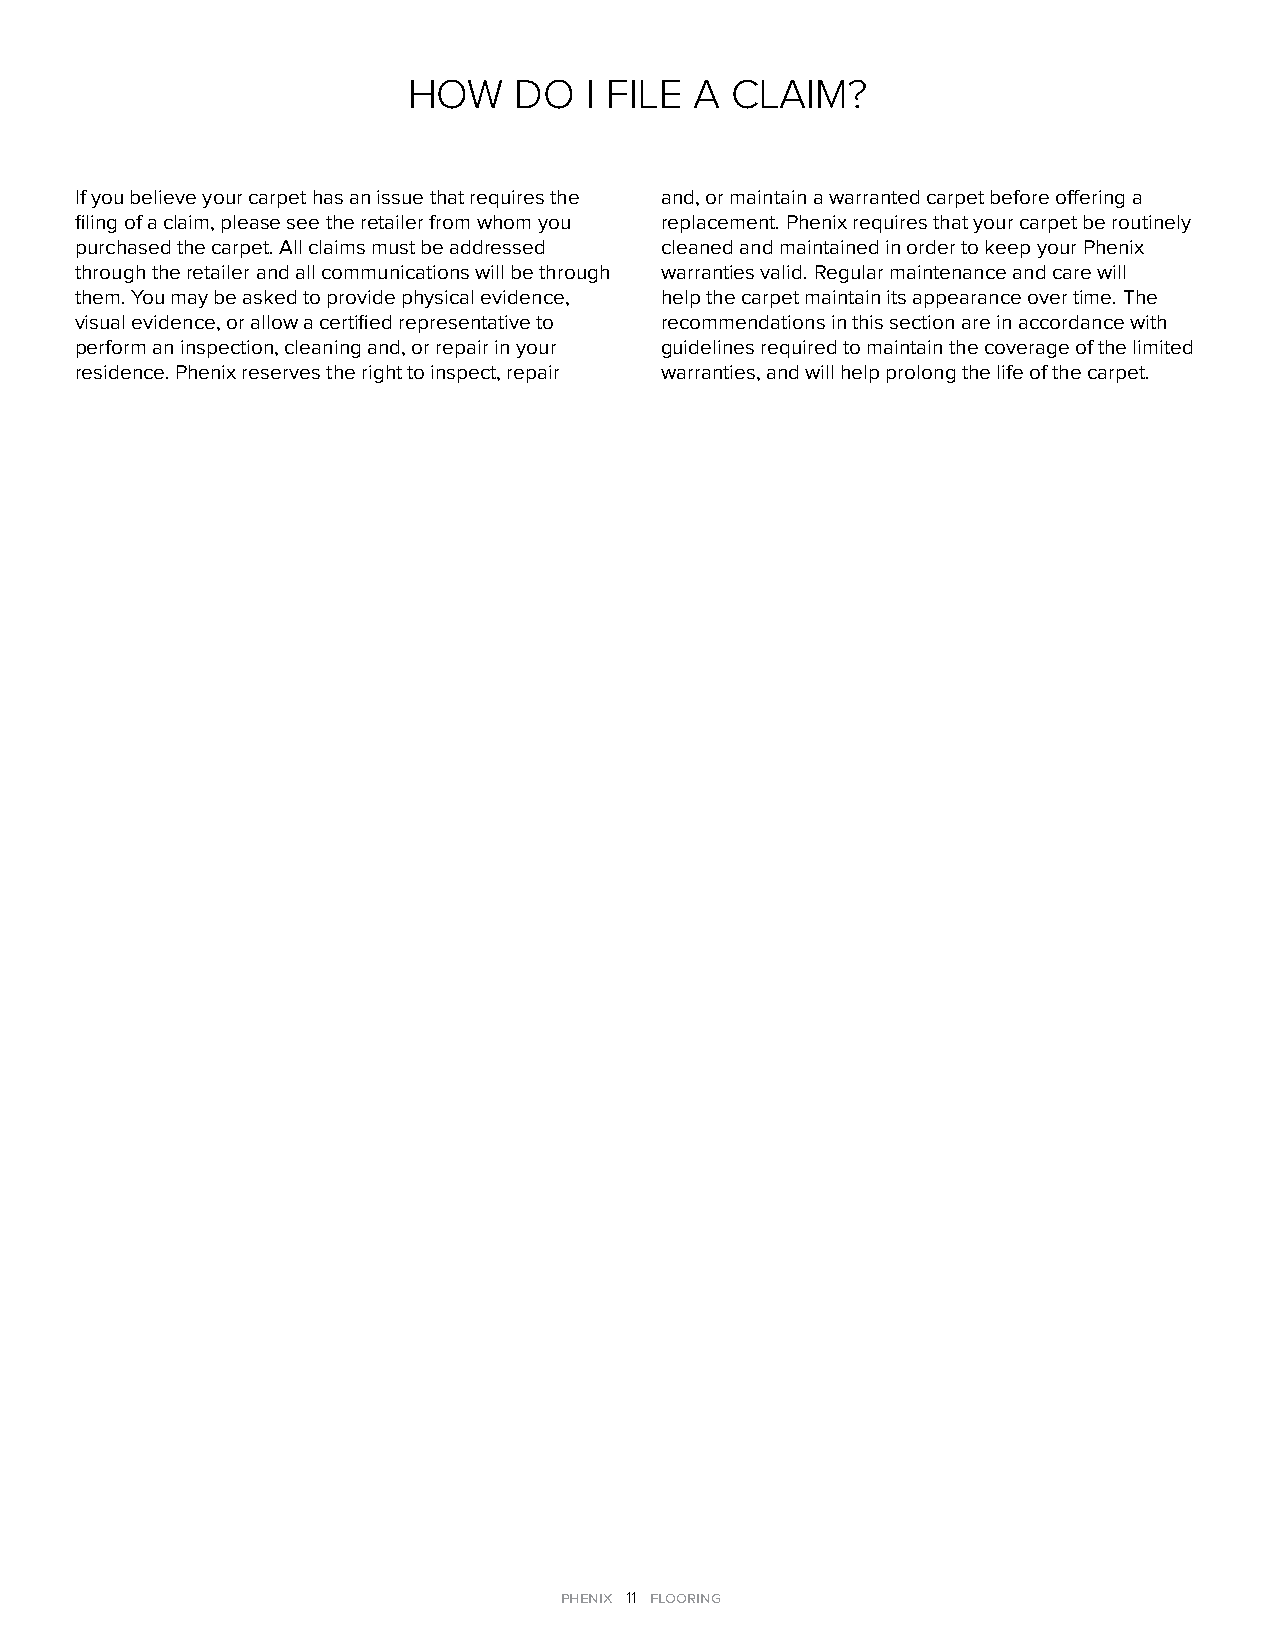
HOW    DO   I FILE A CLAIM?
 If you believe your carpet has an issue that requires the and, or maintain a warranted carpet before offering a
 filing of a claim, please see the retailer from whom you replacement. Phenix requires that your carpet be routinely
 purchased the carpet. All claims must be addressed cleaned and maintained in order to keep your Phenix
 through the retailer and all communications will be through warranties valid. Regular maintenance and care will
 them. You may be asked to provide physical evidence, help the carpet maintain its appearance over time. The
 visual evidence, or allow a certified representative to recommendations in this section are in accordance with
 perform an inspection, cleaning and, or repair in your guidelines required to maintain the coverage of the limited
 residence. Phenix reserves the right to inspect, repair warranties, and will help prolong the life of the carpet.
 phenix 11 flooring